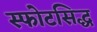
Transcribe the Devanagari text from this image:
स्फोटसिद्ध